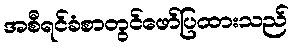
အစီရင်ခံစာတွင်ဖော်ပြထားသည်